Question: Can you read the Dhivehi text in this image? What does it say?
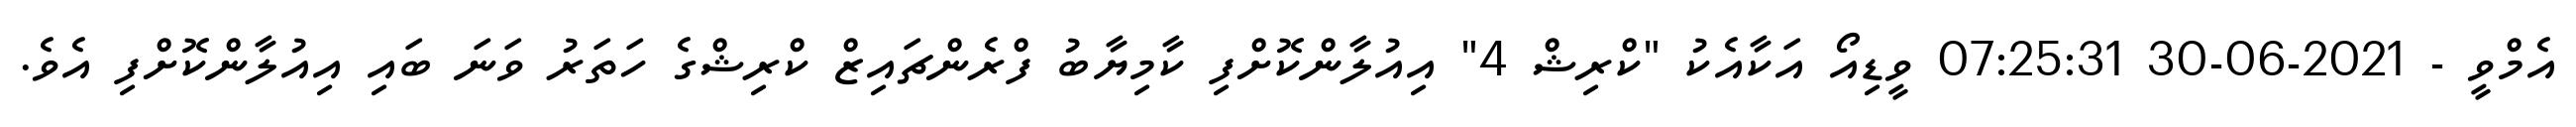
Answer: އެމްވީ - 2021-06-30 07:25:31 ވީޑިއޯ އަކާއެކު "ކްރިޝް 4" އިއުލާންކޮށްފި ކާމިޔާބު ފްރެންޗައިޒް ކްރިޝްގެ ހަތަރު ވަނަ ބައި އިއުލާންކޮށްފި އެވެ.